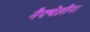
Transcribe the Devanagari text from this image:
नैफ्थेलीन।